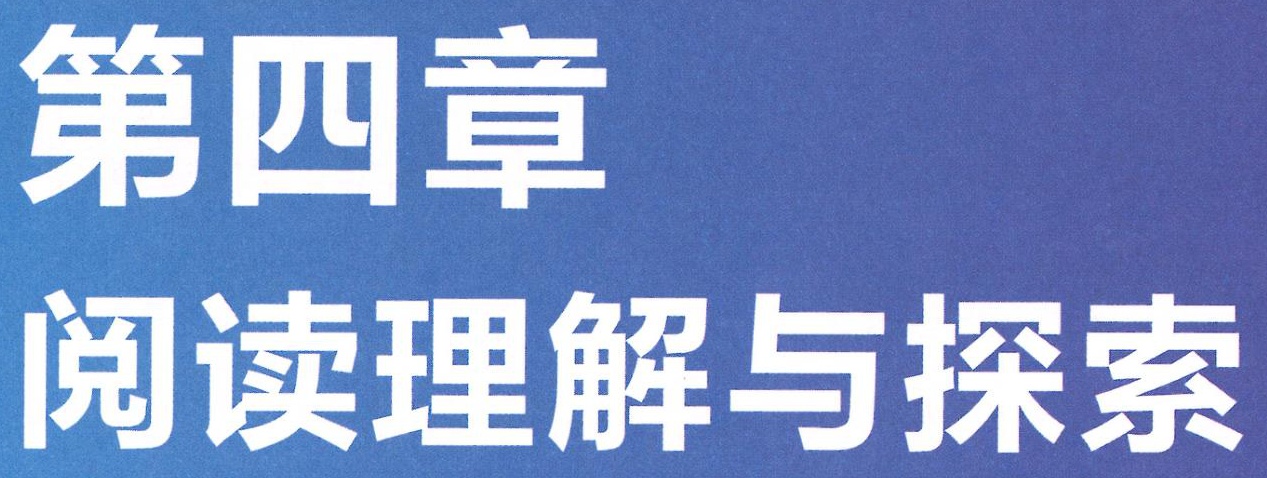
第四章

阅读理解与探索